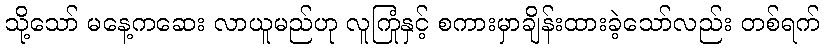
သို့သော် မနေ့ကဆေး လာယူမည်ဟု လူကြုံနှင့် စကားမှာချိန်းထားခဲ့သော်လည်း တစ်ရက်